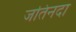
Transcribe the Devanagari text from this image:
जतिनदा